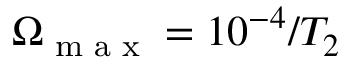
\Omega _ { \textrm { m a x } } = 1 0 ^ { - 4 } / T _ { 2 }